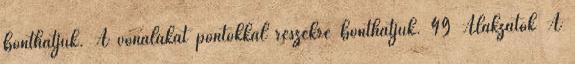
bonthatjuk. A vonalakat pontokkal részekre bonthatjuk. 49 Alakzatok A